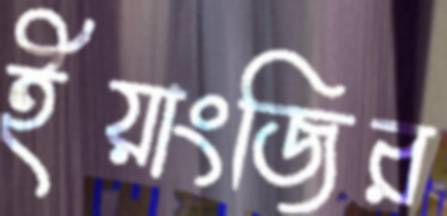
ইয়াংজির